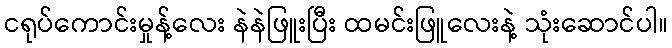
ငရုပ်ကောင်းမှုန့်လေး နဲနဲဖြူးပြီး ထမင်းဖြူလေးနဲ့ သုံးဆောင်ပါ။